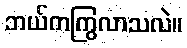
ဘယ်ကကြွလာသလဲ။